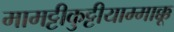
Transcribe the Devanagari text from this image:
मामट्टीकुट्टीयाम्माक्कू